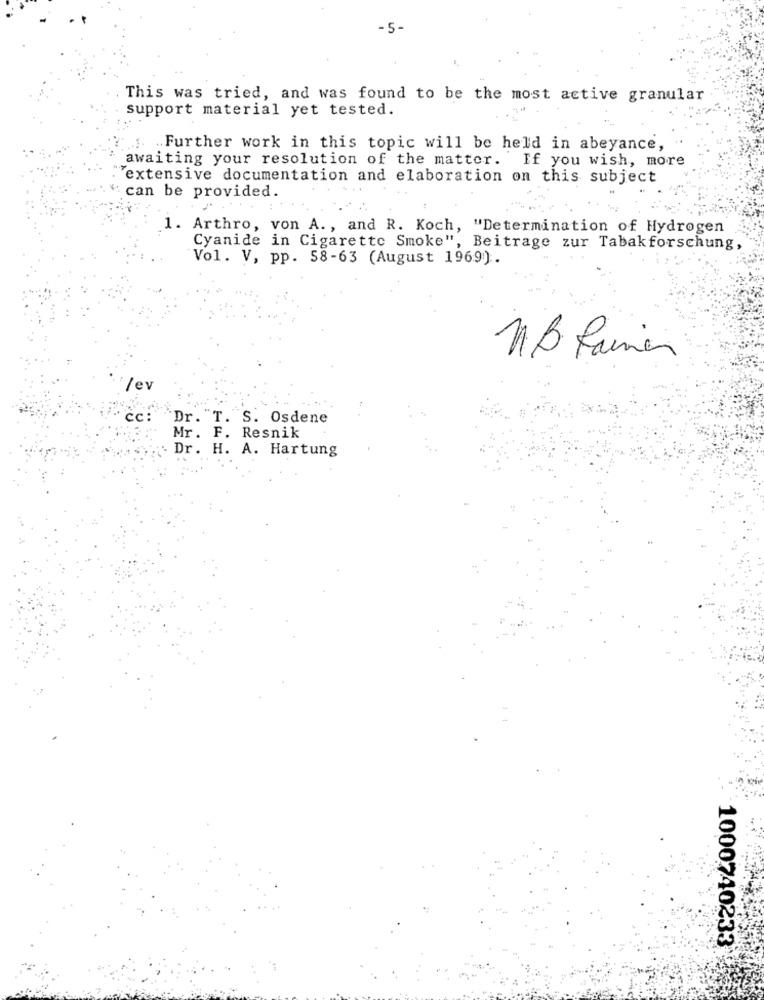
- 5-
This was tried, and was found to be the most active granular
support material yet tested.
.. Further work in this topic will be held in abeyance,
awaiting your resolution of the matter. If you wish, more
extensive documentation and elaboration on this subject
can be provided.
1. Arthro, von A ., and R. Koch, "Determination of Hydrogen
Cyanide in Cigarette Smoke", Beitrage zur Tabakforschung,
Vol. V, pp. 58-63 (August 1969).
/ev
cc: Dr. T. S. Osdene
Mr. F. Resnik
Dr. H. A. Hartung
1000740233